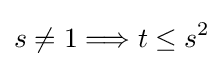
s\neq 1\Longrightarrow t\leq s^{2}